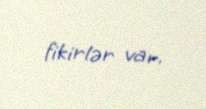
fikirlər var.